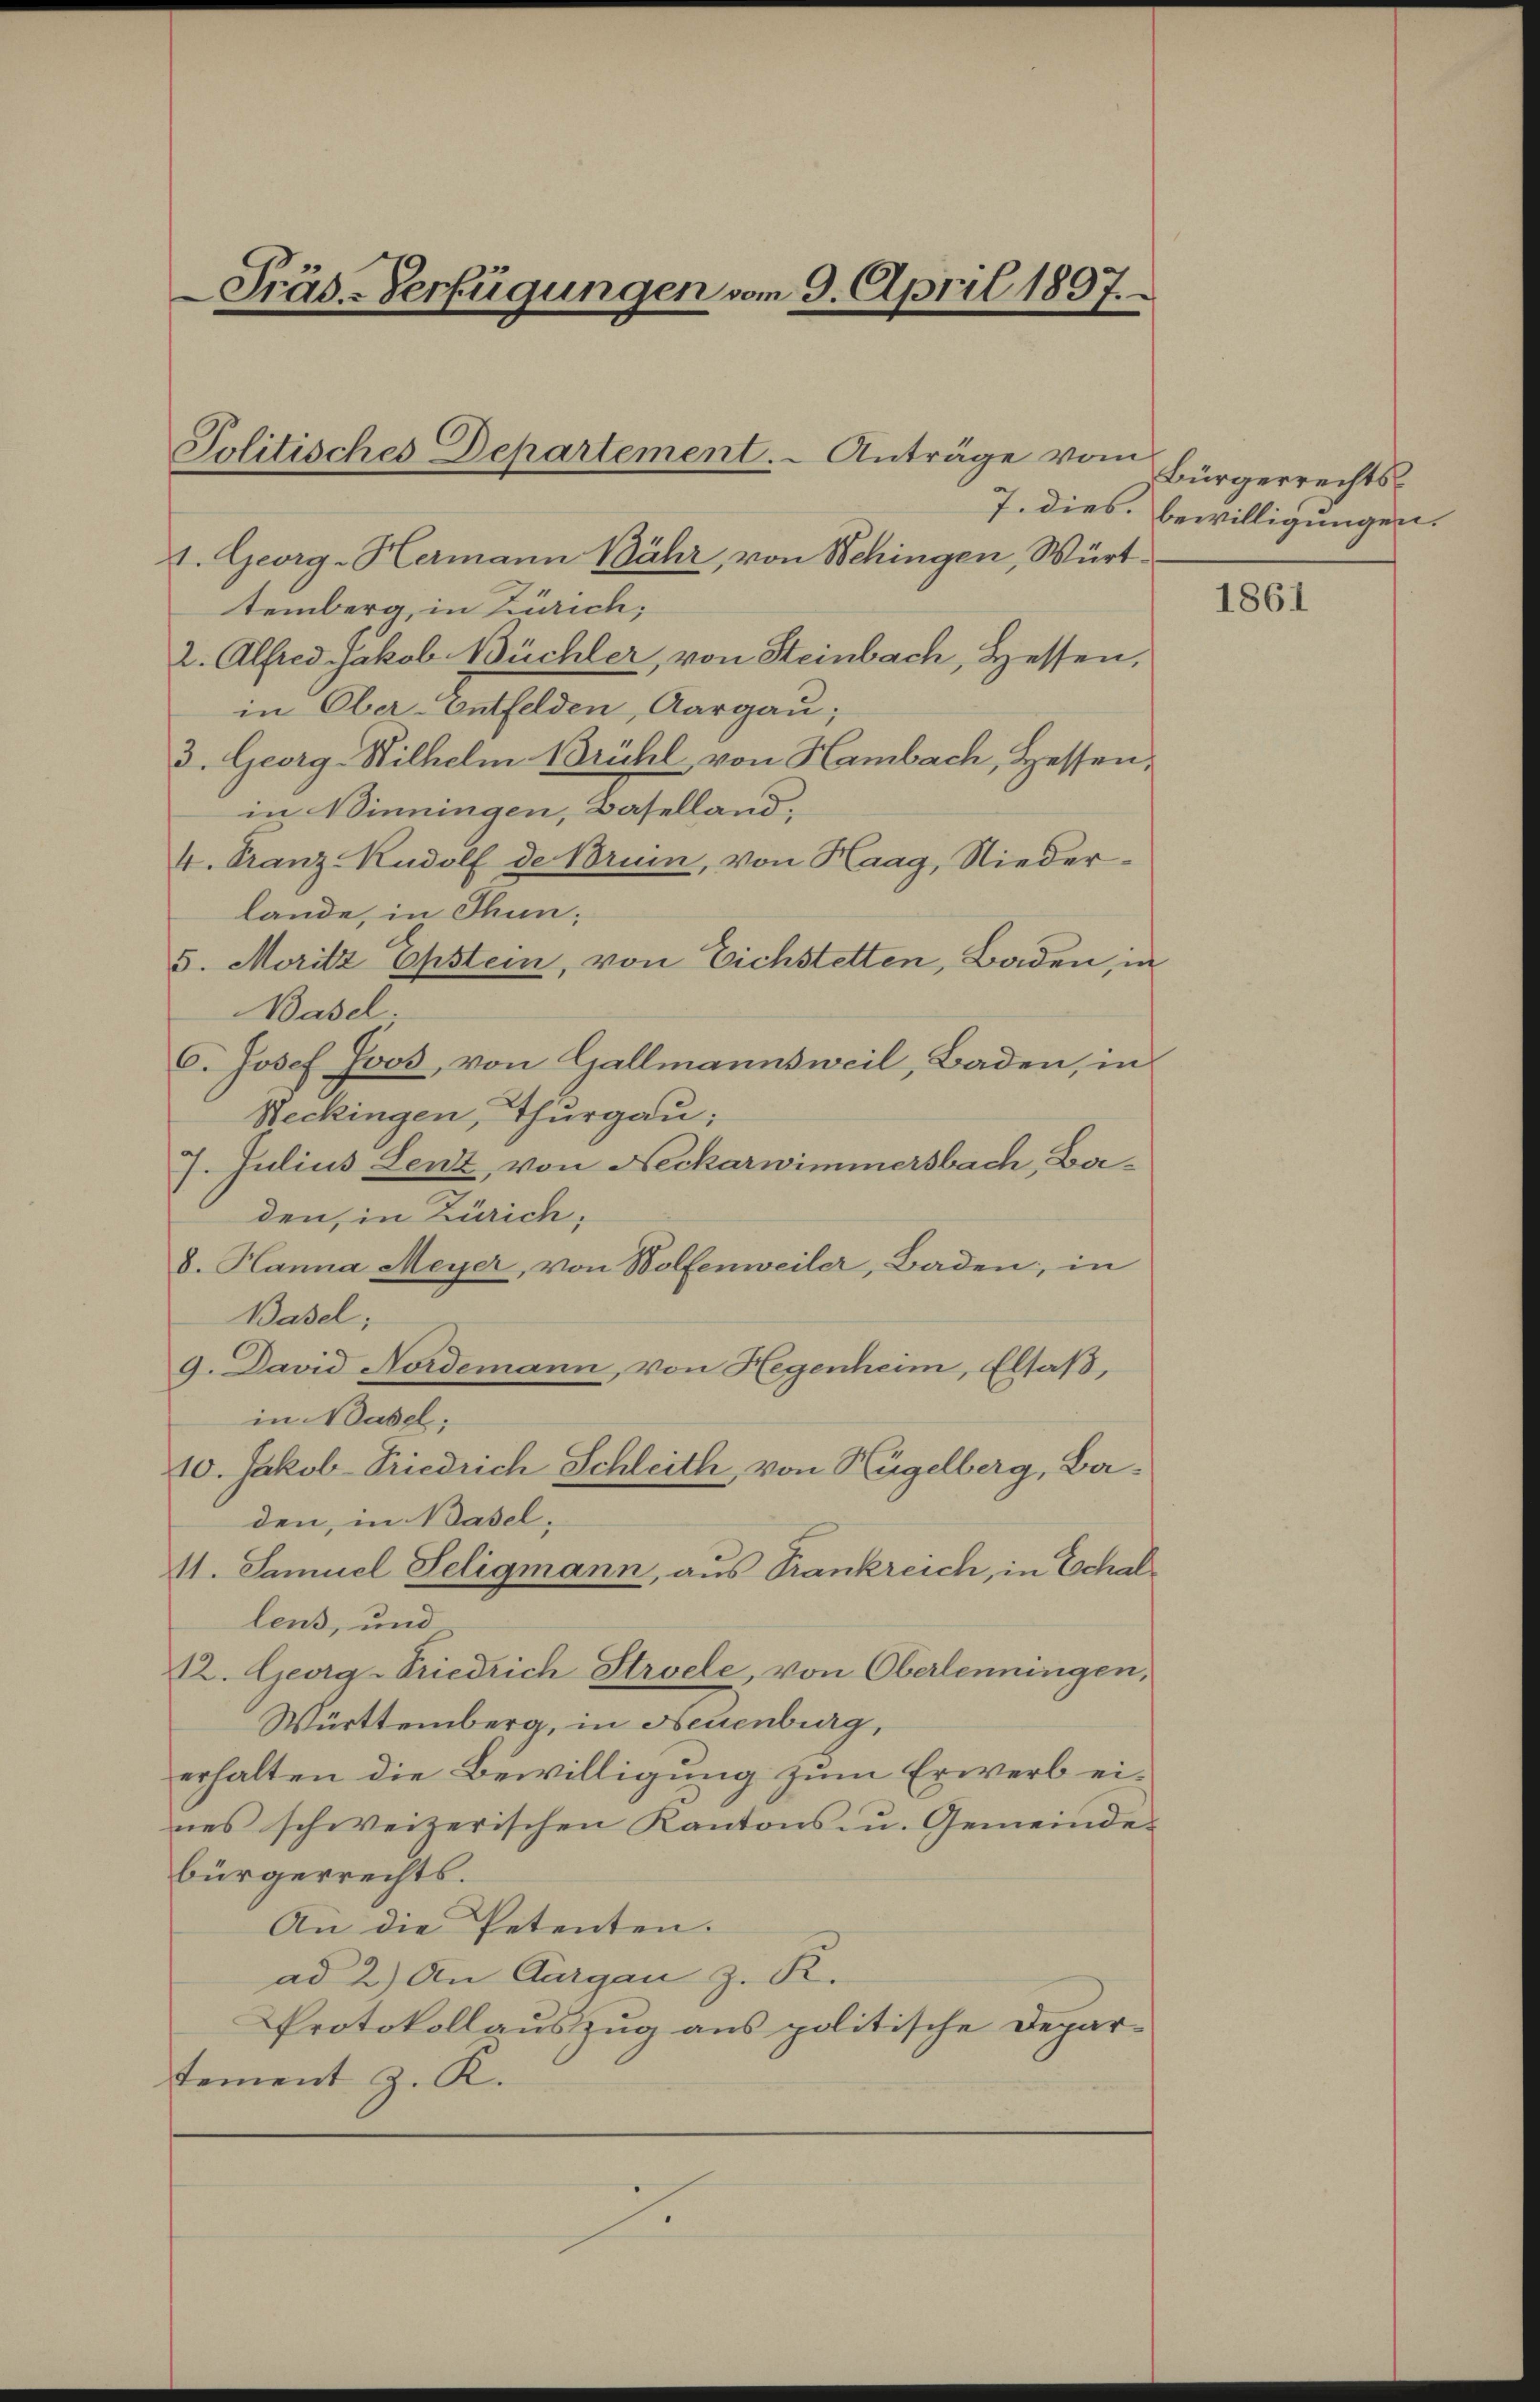
Präd-Verfügungen vom 9. April 1897.

Jolitisches Departement. - Anträge vom

1. Georg-Hermann Bähr, von Schingen, Württemberg, in Zürich;
2. Alfred Jakob Büchler von Steinbach, Hessen,
in Ober-Entfelden, Aargau,
3. Georg-Wilhelm Brühl von Hambach, Hessen,
in Winningen, Baselland,
4. Franz-Rudolf de Bruin, von Haag, Niederlande, in Thun,
5. Moritz Epstein, von Eichstetten, Baden, in
Basel
C. Josef Joos, von Gallmannsweil, Baden, in
Neckingen, Thurgau;
7. Julius Lenz, von Neckarwimmersbach, Baden, in Zürich,
8. Hanna Meyer, von Wolfenweiler, Baden, in
Basel;
9. David Nordemann, von Hegenheim, Elsaß,
in Basel;
10. Jakob-Friedrich Schleith, von Hügelberg, Baden, in Basel,
11. Samuel Seligmann, aus Trankreich, in Schallens, und
12. Georg Friedrich Stroele, von Oberlenningen,
Württemberg, in Neuenburg,
erhalten die Bewilligung zum Erwerb ei-
nes schweizerischen Kantons- u. Gemeindebürgerrechts.
An die Petenten.
ad 2.) An Gurgau z. R.
Protokollauszug aus politische Depar-
tement z. K.

Bürgerrechts¬
7. dies bewilligungen.

1861